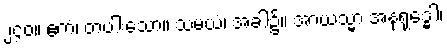
၂၄၀။ ဧကံ၊ တပါးသော။ သမယံ၊ အခါ၌။ အာယသ္မာ အနုရုဒ္ဓေါ၊